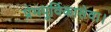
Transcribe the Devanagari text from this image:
प्रेमपूर्विकासेवा।